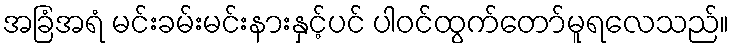
အခြံအရံ မင်းခမ်းမင်းနားနှင့်ပင် ပါဝင်ထွက်တော်မူရလေသည်။